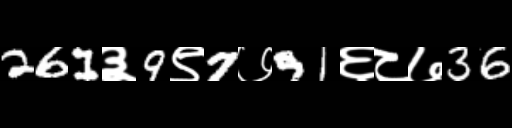
Text: 261३9९7७91६८७36